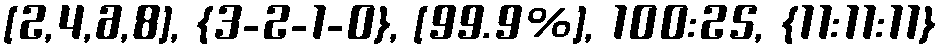
[2,4,6,8], {3-2-1-0}, [99.9%], 100:25, {11:11:11}